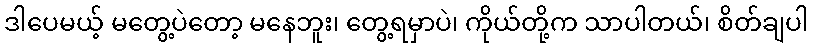
ဒါပေမယ့် မတွေ့ပဲတော့ မနေဘူး၊ တွေ့ရမှာပဲ၊ ကိုယ်တို့က သာပါတယ်၊ စိတ်ချပါ